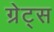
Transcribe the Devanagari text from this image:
ग्रेट्स